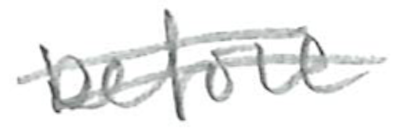
Text: before
Cross-out: double-line
Writing tool: pencil